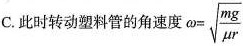
C.此时转动塑料管的角速度$$\omega = \sqrt { \frac { m g } { μ r } }$$